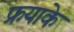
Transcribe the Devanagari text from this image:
फ्रयाके